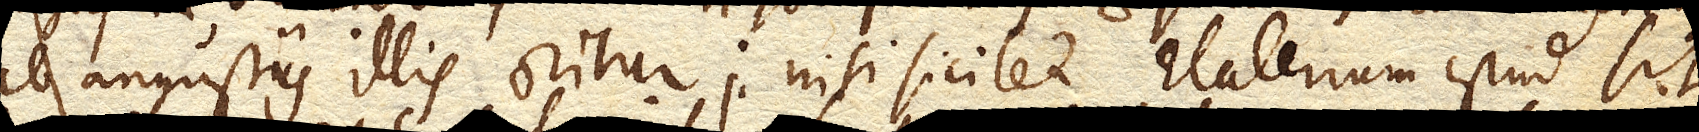
ab angustiis illis oritur; nisi scilicet Elaterium istud sit